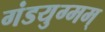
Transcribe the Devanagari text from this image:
गंडयुग्मम्